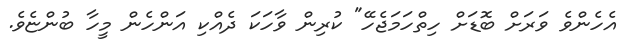
އެހެންވެ ވަރަށް ބޮޑަށް ހިތްހަމަޖެހޭ" ކުރިން ވާހަކަ ދެއްކި އަންހެން މީހާ ބުންޏެވެ.